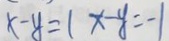
x - y = 1 x - y = - 1